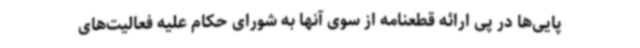
پایی‌ها در پی ارائه قطعنامه از سوی آنها به شورای حکام علیه فعالیت‌های